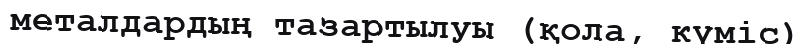
металдардың тазартылуы (қола, күміс)